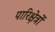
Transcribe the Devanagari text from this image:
पारिक्षेत्रों